Vaccination in Bombay 1869-1873 - 1869-1873
Year: 1869
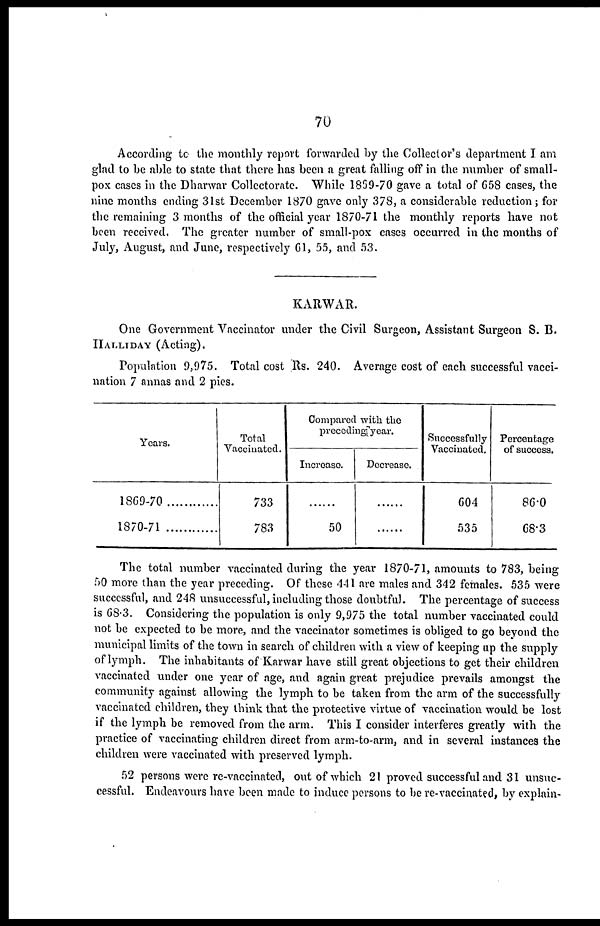
70
According to the monthly report forwarded by the Collector's department I am
glad to be able to state that there has been a great falling off in the number of small-
pox cases in the Dharwar Collectorate. While 1859-70 gave a total of 658 cases, the
nine months ending 31st December 1870 gave only 378, a considerable reduction ; for
the remaining 3 months of the official year 1870-71 the monthly reports have not
been received. The greater number of small-pox cases occurred in the months of
July, August, and June, respectively 61, 55, and 53.
KARWAR.
One Government Vaccinator under the Civil Surgeon, Assistant Surgeon S. B.
HALLIDAY (Acting).
Population 9,975. Total cost Rs. 240. Average cost of each successful vacci-
nation 7 annas and 2 pies.
Years.
1869-70
1870-71
Total
Vaccinated.
733
783
Compared with the
precoding year.
Increase.
......
50
Decrease.
......
......
Successfully
Vaccinated.
604
535
Percentage
of success.
86.0
68.3
The total number vaccinated during the year 1870-71, amounts to 783, being
50 more than the year preceding. Of these 441 are males and 342 females. 535 were
successful, and 248 unsuccessful, including those doubtful. The percentage of success
is 68.3. Considering the population is only 9,975 the total number vaccinated could
not be expected to be more, and the vaccinator sometimes is obliged to go beyond the
municipal limits of the town in search of children with a view of keeping up the supply
of lymph. The inhabitants of Karwar have still great objections to get their children
vaccinated under one year of age, and again great prejudice prevails amongst the
community against allowing the lymph to be taken from the arm of the successfully
vaccinated children, they think that the protective virtue of vaccination would be lost
if the lymph be removed from the arm. This I consider interferes greatly with the
practice of vaccinating children direct from arm-to-arm, and in several instances the
children were vaccinated with preserved lymph.
52 persons were re-vaccinated, out of which 21 proved successful and 31 unsuc-
cessful. Endeavours have been made to induce persons to be re-vaccinated, by explain-